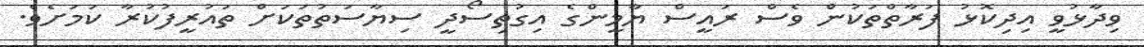
ވިދާޅުވީ އިދިކޮޅު ފަރާތްތަކުން ވެސް ރައީސް ޔާމީންގެ އިގުތިސޯދީ ސިޔާސަތުތަކަށް ތައުރީފުކުރާ ކަމަށެވެ.